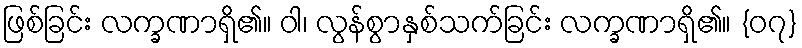
ဖြစ်ခြင်း လက္ခဏာရှိ၏။ ဝါ၊ လွန်စွာနှစ်သက်ခြင်း လက္ခဏာရှိ၏။ {၀၇}